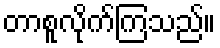
တာစူလိုက်ကြသည်။